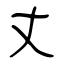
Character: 丈